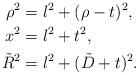
LaTeX: \begin{align*}\rho^{2}&= l^2 + (\rho - t)^2, \\x^2 &=l^2 + t^2, \\\tilde{R}^2 & = l^2 + (\tilde{D}+t)^2 . \end{align*}